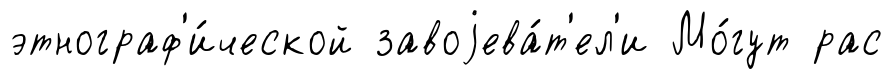
этнограф'и́ческой завоjева́т'ел'и Мо́гут рас